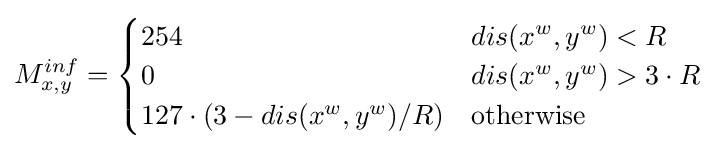
M_{x,y}^{inf}={\begin{cases}254&dis(x^{w},y^{w})<R\\0&dis(x^{w},y^{w})>3\cdot R\\127\cdot (3-dis(x^{w},y^{w})/R)&{\text{otherwise}}\end{cases}}\;